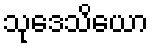
သုဒေသိယော